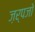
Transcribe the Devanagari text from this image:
ज़र्पजो